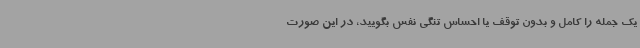
یک جمله را کامل و بدون توقف یا احساس تنگی نفس بگویید، در این صورت